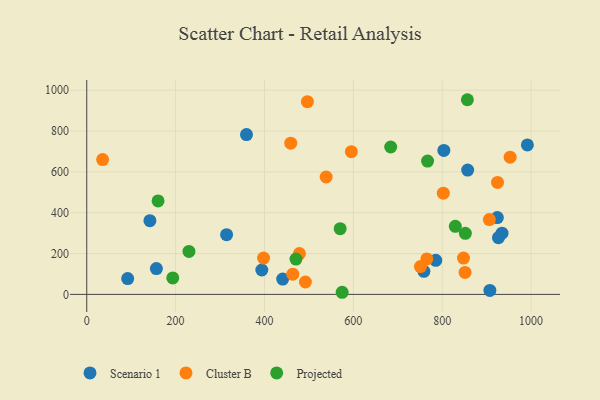
{"axis": {"x": "Ad Spend", "y": "Demand"}, "legend": ["Cluster B", "Projected", "Scenario 1"], "data": [{"x": "857.3", "y": 608.7, "type": "Scenario 1"}, {"x": "441.0", "y": 75.1, "type": "Scenario 1"}, {"x": "926.6", "y": 277.9, "type": "Scenario 1"}, {"x": "142.1", "y": 361.0, "type": "Scenario 1"}, {"x": "359.5", "y": 782.7, "type": "Scenario 1"}, {"x": "785.5", "y": 166.6, "type": "Scenario 1"}, {"x": "156.7", "y": 126.4, "type": "Scenario 1"}, {"x": "934.6", "y": 299.9, "type": "Scenario 1"}, {"x": "314.7", "y": 292.6, "type": "Scenario 1"}, {"x": "991.7", "y": 732.0, "type": "Scenario 1"}, {"x": "92.1", "y": 77.4, "type": "Scenario 1"}, {"x": "758.8", "y": 112.8, "type": "Scenario 1"}, {"x": "394.0", "y": 119.5, "type": "Scenario 1"}, {"x": "803.7", "y": 705.1, "type": "Scenario 1"}, {"x": "924.1", "y": 376.2, "type": "Scenario 1"}, {"x": "907.3", "y": 19.6, "type": "Scenario 1"}, {"x": "847.9", "y": 177.9, "type": "Cluster B"}, {"x": "851.5", "y": 107.4, "type": "Cluster B"}, {"x": "35.7", "y": 660.2, "type": "Cluster B"}, {"x": "463.7", "y": 99.1, "type": "Cluster B"}, {"x": "765.4", "y": 173.8, "type": "Cluster B"}, {"x": "924.5", "y": 548.2, "type": "Cluster B"}, {"x": "802.5", "y": 495.5, "type": "Cluster B"}, {"x": "751.1", "y": 136.0, "type": "Cluster B"}, {"x": "459.1", "y": 740.4, "type": "Cluster B"}, {"x": "906.1", "y": 366.4, "type": "Cluster B"}, {"x": "397.9", "y": 177.8, "type": "Cluster B"}, {"x": "538.8", "y": 574.9, "type": "Cluster B"}, {"x": "496.6", "y": 943.8, "type": "Cluster B"}, {"x": "952.9", "y": 671.9, "type": "Cluster B"}, {"x": "492.1", "y": 60.7, "type": "Cluster B"}, {"x": "595.5", "y": 699.0, "type": "Cluster B"}, {"x": "478.6", "y": 199.8, "type": "Cluster B"}, {"x": "574.8", "y": 10.3, "type": "Projected"}, {"x": "230.0", "y": 210.5, "type": "Projected"}, {"x": "767.1", "y": 653.1, "type": "Projected"}, {"x": "193.6", "y": 80.4, "type": "Projected"}, {"x": "160.5", "y": 457.5, "type": "Projected"}, {"x": "852.1", "y": 299.0, "type": "Projected"}, {"x": "684.1", "y": 721.9, "type": "Projected"}, {"x": "829.5", "y": 333.4, "type": "Projected"}, {"x": "570.3", "y": 322.0, "type": "Projected"}, {"x": "470.9", "y": 173.0, "type": "Projected"}, {"x": "856.7", "y": 953.4, "type": "Projected"}]}